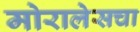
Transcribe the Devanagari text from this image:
मोरालेसचा